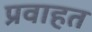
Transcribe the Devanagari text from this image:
प्रवाहत